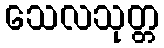
သေလသုတ္တ